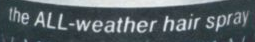
the ALL-weather hair spray